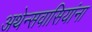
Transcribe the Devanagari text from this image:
अथेन्सवासियांना